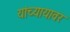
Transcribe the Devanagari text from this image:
यांच्यायावर